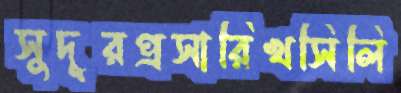
সুদূরপ্রসারিখসিলি